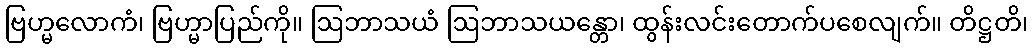
ဗြဟ္မလောကံ၊ ဗြဟ္မာပြည်ကို။ ဩဘာသယံ ဩဘာသယန္တော၊ ထွန်းလင်းတောက်ပစေလျက်။ တိဋ္ဌတိ၊